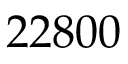
2 2 8 0 0